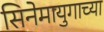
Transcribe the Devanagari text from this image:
सिनेमायुगाच्या